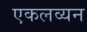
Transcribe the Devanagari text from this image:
एकलव्यन